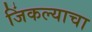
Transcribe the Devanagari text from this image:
जिंकल्याचा